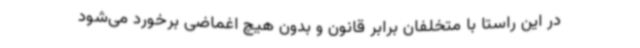
در این راستا با متخلفان برابر قانون و بدون هیچ اغماضی برخورد می‌شود